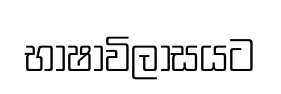
භාෂාවිලාසයට